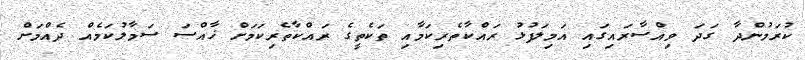
ކުރަމުންދާ ގަދަ ވިއްސާރައިގައި އަމިލަފުޅު ރައްކާތެރިކަމާއި ތަކެތީގެ ރައްކާތެރިކަމަށް ޚާއްސަ ސަމާލުކަމެއް ދެއްމަށް